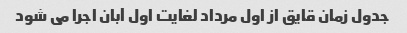
جدول زمان قایق از اول مرداد لغایت اول آبان اجرا می شود